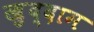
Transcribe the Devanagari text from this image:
ख़ुद्दाम